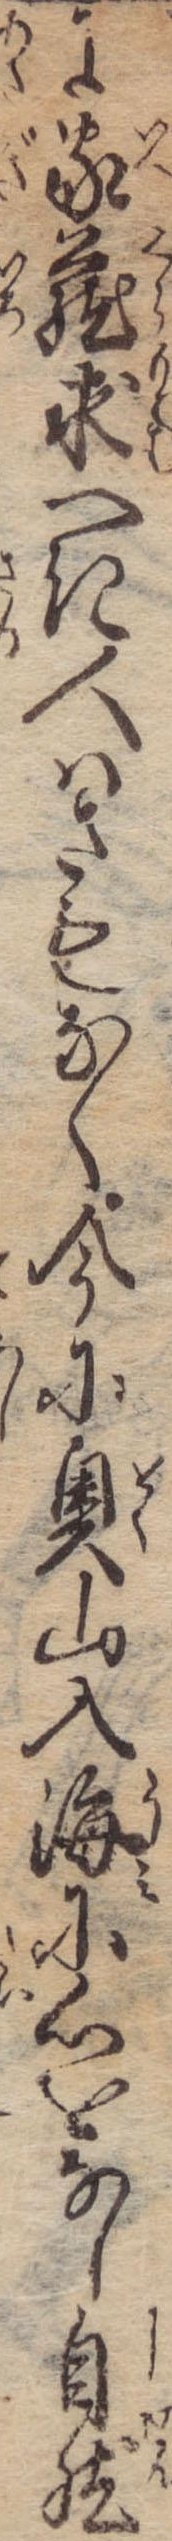
に家蔵求へき人はさもなく今に奥山入海に心をなし自然